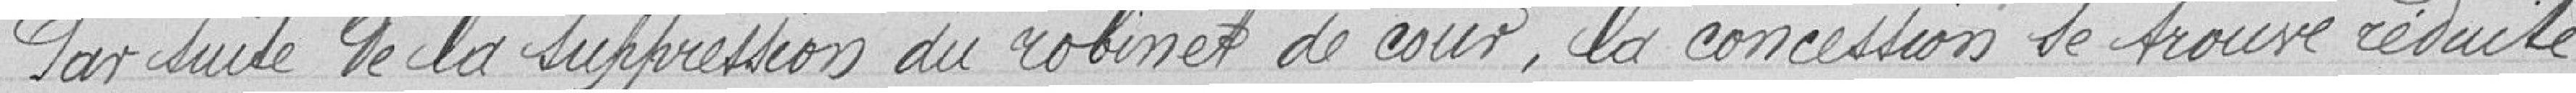
Par suite de la suppression du robinet de cour, la concession se trouve réduite